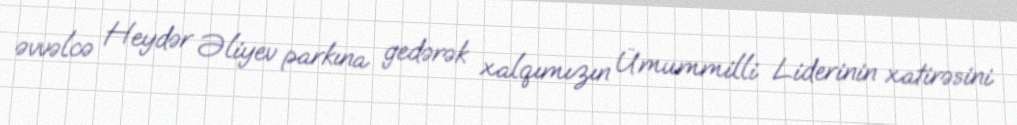
əvvəlcə Heydər Əliyev parkına gedərək xalqımızın Ümummilli Liderinin xatirəsini